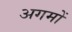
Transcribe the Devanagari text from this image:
अगमों